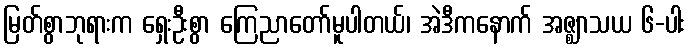
မြတ်စွာဘုရားက ရှေးဦးစွာ ကြေညာတော်မူပါတယ်၊ အဲဒီကနောက် အဇ္ဈာသယ ၆-ပါး